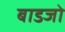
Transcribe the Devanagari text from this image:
बाडजो